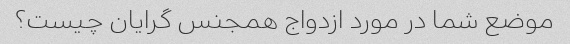
موضع شما در مورد ازدواج همجنس گرایان چیست؟